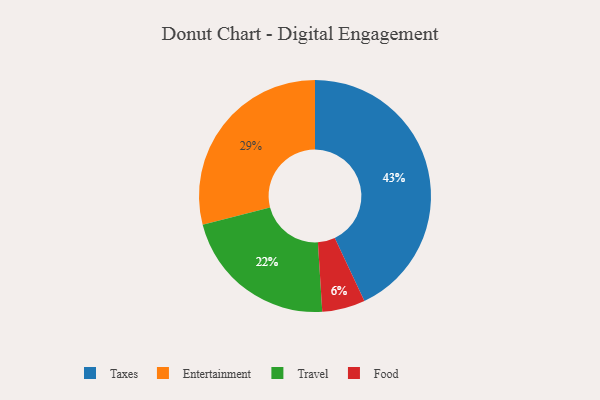
{"axis": {"x": "Category", "y": "Percentage"}, "legend": ["Entertainment", "Food", "Taxes", "Travel"], "data": [{"x": "Entertainment", "y": 29, "type": "Entertainment"}, {"x": "Travel", "y": 22, "type": "Travel"}, {"x": "Taxes", "y": 43, "type": "Taxes"}, {"x": "Food", "y": 6, "type": "Food"}]}